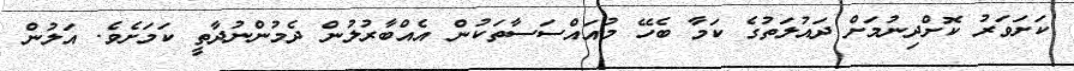
ކަށަވަރު ކޮށްދިނުމަށް ދައުލަތުގެ ކަމާ ބެހޭ މުއައްސަސާތަކުން އެއްބާރުލުން ދެމުންނުދާތީ ކަމަށެވެ. އަލުން